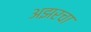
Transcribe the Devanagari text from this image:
अझरचा